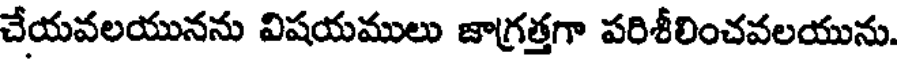
చేయవలయునను విషయములు జాగ్రత్తగా పరిశీలించవలయును.